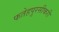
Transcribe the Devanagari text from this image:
फतेहपुरसीकरी